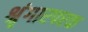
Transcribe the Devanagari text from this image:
श्रृंगारपरक